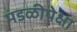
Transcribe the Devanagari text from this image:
मंडळीपेक्षा